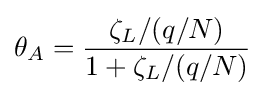
\theta _{A}={\frac {\zeta _{L}/(q/N)}{1+\zeta _{L}/(q/N)}}